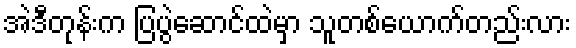
အဲဒီတုန်းက ပြပွဲဆောင်ထဲမှာ သူတစ်ယောက်တည်းလား